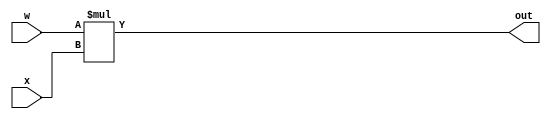
module MULT(
    input wire signed  [31:0] w,x, //    p0 to p8, and p4 is not needed
    output wire signed [31:0] out                            //out=p4  
    );

    assign out = w*x;

endmodule